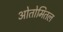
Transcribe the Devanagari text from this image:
ओतोमितल